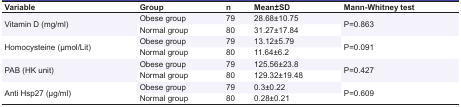
| Variable | Group | n | Mean±SD | Mann-Whitney test |
 | --- | --- | --- | --- | --- |
 | <ROWSPAN=2> Vitamin D (mg/ml) | Obese group | 79 | 28.68±10.75 | <ROWSPAN=2> P=0.863 |
 | Normal group | 80 | 31.27±17.84 |
 | <ROWSPAN=2> Homocysteine (μmol/Lit) | Obese group | 79 | 13.12±5.79 | <ROWSPAN=2> P=0.091 |
 | Normal group | 80 | 11.64±6.2 |
 | <ROWSPAN=2> PAB (HK unit) | Obese group | 79 | 125.56±23.8 | <ROWSPAN=2> P=0.427 |
 | Normal group | 80 | 129.32±19.48 |
 | <ROWSPAN=2> Anti Hsp27 (μg/ml) | Obese group | 79 | 0.3±0.22 | <ROWSPAN=2> P=0.609 |
 | Normal group | 80 | 0.28±0.21 |